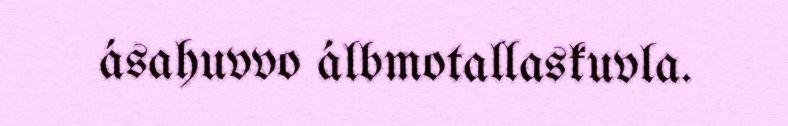
ásahuvvo álbmotallaskuvla.